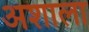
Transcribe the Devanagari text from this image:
अशाला